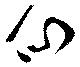
仙